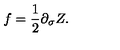
f = \frac { 1 } { 2 } \partial _ { \sigma } Z .